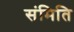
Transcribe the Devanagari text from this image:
संमिति